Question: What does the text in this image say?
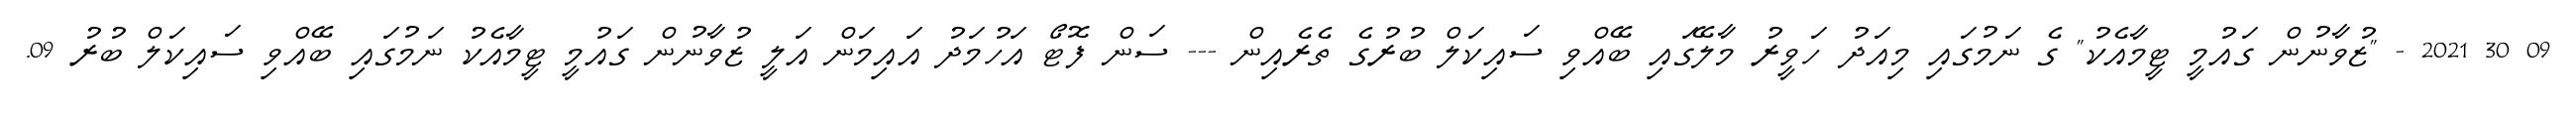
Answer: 09 30 2021 - "ޒުވާނުން ގައުމީ ޓީމާއެކު" ގެ ނަމުގައި މިއަދު ހަވީރު މާލޭގައި ބޭއްވި ސައިކަލް ބުރުގެ ތެރެއިން --- ސަން ފޮޓޯ އަހުމަދު އައިމަން އަލީ ޒުވާނުން ގައުމީ ޓީމާއެކު ނަމުގައި ބޭއްވި ސައިކަލް ބުރު 09.